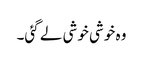
وہ خوشی خوشی لے گئی۔